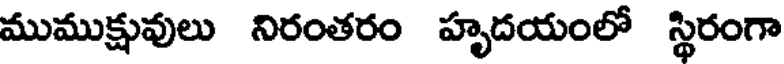
ముముక్షువులు నిరంతరం హృదయంలో స్థిరంగా